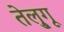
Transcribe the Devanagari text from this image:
तेलु्गू